Civil Veterinary Department Bengal reports 1933-51 - 1933-1951
Year: 1933
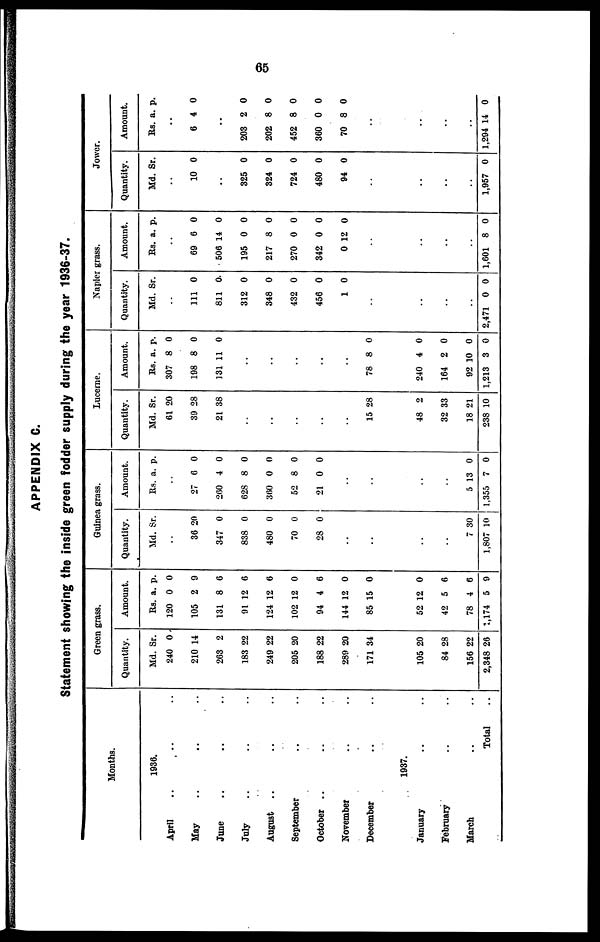
65
APPENDIX C.
Statement showing the inside green fodder supply during the year 1936-37.
Months.
.. 1936.
April ..
May ..
June ..
July ..
August ..
September
October ..
November
December
.. ..
.. ..
.. ..
.. ..
.. ..
.. ..
.. ..
.. ..
.. ..
.. 1937.
January
February
March
.. ..
.. ..
.. ..
Total ..
Green grass.
Quantity.
Md. Sr.
240 0
210 14
263 2
183 22
249 22
205 20
188 22
289 20
171 34
105 20
84 28
156 22
2,348 26
Amount.
Rs. a. p.
120 0 0
105 2 9
131 8 6
91 12 6
124 12 6
102 12 0
94 4 6
144 12 0
85 15 0
52 12 0
42 5 6
78 4 6
1,174 5 9
Guinea grass.
Quantity.
Md. Sr.
..
36 20
347 0
838 0
480 0
70 0
28 0
..
..
..
..
7 30
1,807 10
Amount.
Rs. a. p.
..
27 6 0
260 4 0
62S 8 0
360 0 0
52 8 0
21 0 0
..
..
..
..
5 13 0
1,355 7 0
Lucerne,
Quantity.
Md. Sr.
61 20
39 28
21 38
..
..
..
..
..
15 28
48 2
32 33
18 21
238 10
Amount.
Rs. a. p.
307 8 0
198 8 0
131 11 0
..
..
..
..
..
78 8 0
240 4 0
164 2 0
92 10 0
1,213 3 0
Napier grass.
Quantity.
Md. Sr.
..
111 0
811 0
312 0
348 0
432 0
456 0
1 0
..
..
..
..
2,471 0 0
Amount.
Rs. a. p.
..
69 6 0
506 14 0
195 0 0
217 8 0
270 0 0
342 0 0
0 12 0
..
..
..
1,601 8 0
Jower.
Quantity.
Md. Sr.
..
10 0
..
325 0
324 0
724 0
480 0
94 0
..
..
..
1,957 0
Amount.
Rs. a. p.
..
6 4 0
..
203 2 0
202 8 0
452 8 0
360 0 0
70 8 0
..
..
..
1,294 14 0